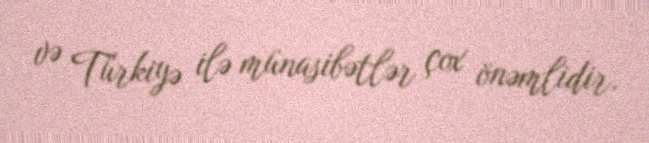
və Türkiyə ilə münasibətlər çox önəmlidir.